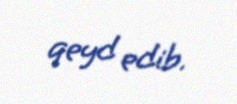
qeyd edib.